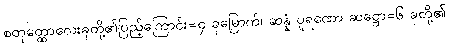
စတုတ္ထောလေးခုတို့၏ပြည့်ကြောင်း=၄ ခုမြောက်၊ ဆန္နံ ပူရဏော ဆဋ္ဌော=၆ ခုတို့၏